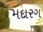
મદારગ